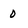
Character: 0